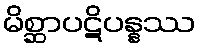
မိစ္ဆာပဋိပန္နဿ